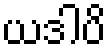
ယဒါပိ